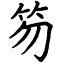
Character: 笏